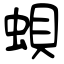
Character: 蛽